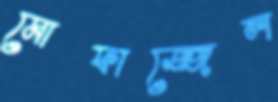
মোফাজ্জেল